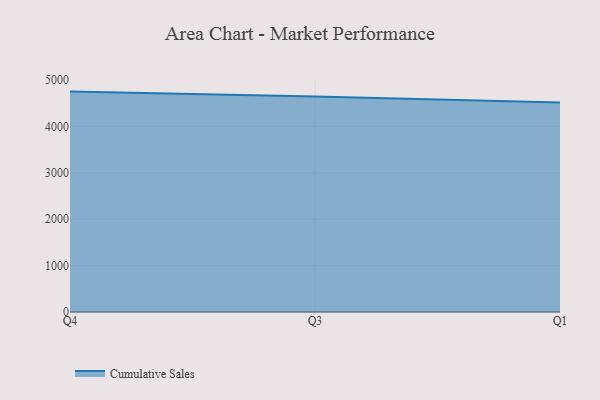
{"axis": {"x": "Quarter", "y": "Customer Acquisition Cost (USD)"}, "legend": ["Cumulative Sales"], "data": [{"x": "Q4", "y": 4751.0, "type": "Cumulative Sales"}, {"x": "Q3", "y": 4643.2, "type": "Cumulative Sales"}, {"x": "Q1", "y": 4514.7, "type": "Cumulative Sales"}]}